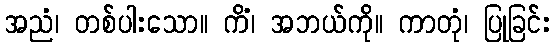
အညံ၊ တစ်ပါးသော။ ကိံ၊ အဘယ်ကို။ ကာတုံ၊ ပြုခြင်း